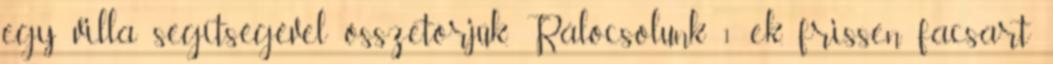
egy villa segítségével összetörjük. Rálocsolunk 1 ek. frissen facsart